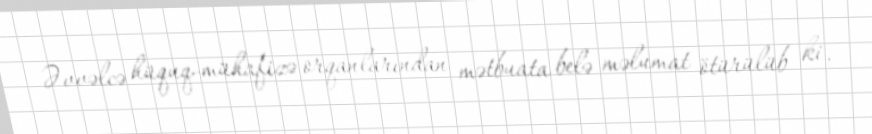
Əvvəlcə hüquq-mühafizə orqanlarından mətbuata belə məlumat ötürülüb ki,